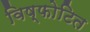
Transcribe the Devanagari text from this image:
विष्फोटित